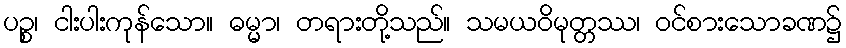
ပဉ္စ၊ ငါးပါးကုန်သော။ ဓမ္မာ၊ တရားတို့သည်။ သမယဝိမုတ္တဿ၊ ဝင်စားသောခဏ၌